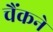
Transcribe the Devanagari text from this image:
चैंकने